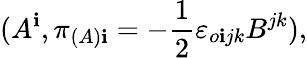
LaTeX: (A^{\mathbf{i}},\pi_{(A)\mathbf{i}}=-\frac{{1}}{{2}}{\varepsilon}_{o\mathbf{i}jk}B^{jk}),